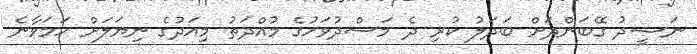
ނަޝީދު ގޭބަންދަށް ބަދަލު ކުރި ދެ މަސްދުވަހުގެ މުއްދަތު މިއަދުގެ ނިޔަލަށް ހަމަވާނެ